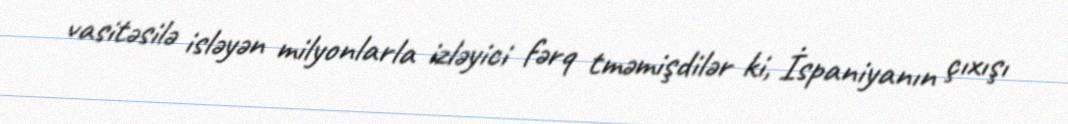
vasitəsilə isləyən milyonlarla izləyici fərq tməmişdilər ki, İspaniyanın çıxışı